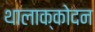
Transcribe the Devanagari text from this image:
थालाक्कोदन